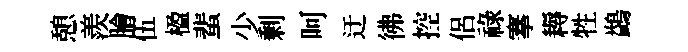
憩羨膾伍楹蜚少剰呵迂彿控侶祿搴耨牲鷁